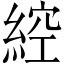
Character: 𦁈